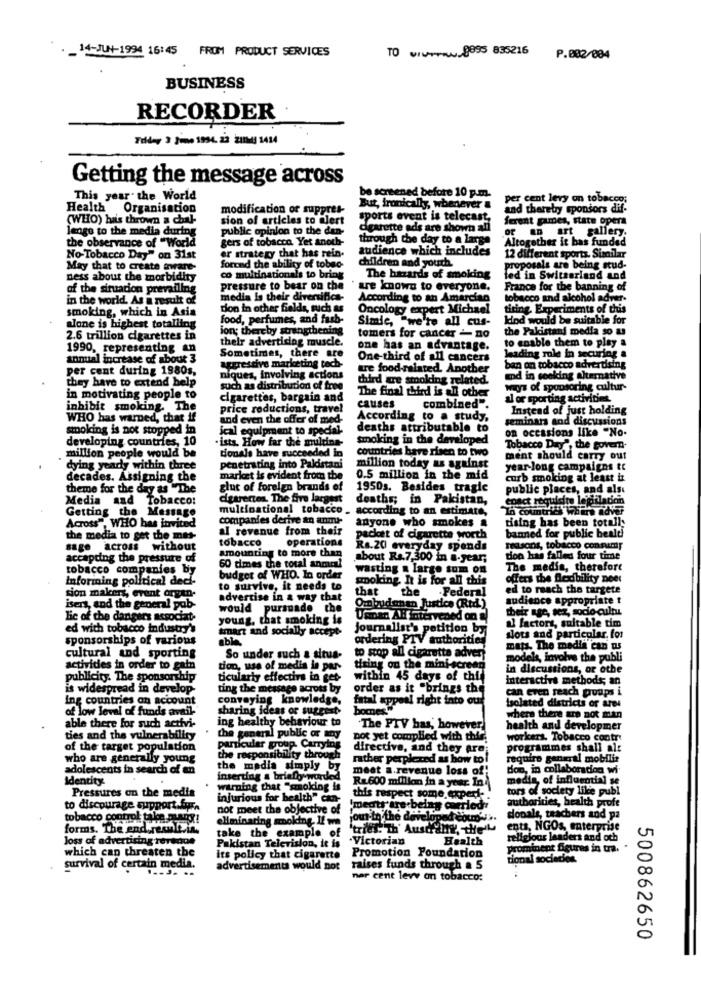
14-JUN-1994 16:45 FROM PRODUCT SERVICES
TO www .... 8895 835216
P.002/084
BUSINESS
RECORDER
Friday 3 june 1994. 22 200g 3414
Getting the message across
This year. the World
be screened before 10 p.m.
per cent levy on tobacco;
Health Organisation
modification of suppres-
But, ironically, whenever &
and thereby sponsors dif-
(WHO) has thrown a chal-
sion of articles to alert
sports event is telecast,
ferent games, state opera
public opinion to the dan-
cigarette ads are shown all
of an art gallery.
lengo to the media during
gers of tobacco Yet anoth-
through the day to a large
Altogether it bas funded
the observance of "World
er strategy that has rein.
audience which includes
No-Tobacco Day" on 31st
12 different sports. Similar
May that to create avere-
forend the ability of tobac-
children and youth.
proposals are being stud-
ness about the morbidity
co multinationals to bring
The hazards of smoking
led in Switzerland and
of the situation prevailing
pressure to bear on che
ue known to everyone.
France for the banning of
in the world. As a result of
media is their diversifica-
According to an Amarcian
tobacco and alcohol adver-
smoking, which in Asia
tion in other fields, such as
Oncology expert Michael
tiring. Experiments of this
food, perfumes, and fach-
"we're all cus-
kind would be suitable for
alone is highest totalling
ion; thereby strengthening
the Pakistani media so as
2.6 trillion cigarettes in
their advertising muscle.
tomers for cancer - no
1990, representing an
one has an advantage.
to enable them to play a
annual increase of about 3
Sometimes, there are
One-third of all cancers
leading role in securing a
per cent during 1980s,
aggressive marketing tech-
tre food-related. Another
ban on tobacco advertising
they have to extend help
niques, involving actions
third gre smoking related.
and in cooking alternative
such as distribution of free
The final third is an other
ways of sponsoring cultur-
in motivating people to
cigarettes, bargain and
al or sporting activities.
inhibit smoking. The
price reductions, travel
causes
combined".
Instead of just holding
WHO has warned, that if
and even the offer of med-
According to a study,
seminars and discussions
smoking is not stopped in
jcal equipment to special-
deaths attributable to
on occasions like "No.
developing countries, 10
.ists. How far the multine-
smoking in the developed
million people would be
tionals have succeeded in
countries bare risen to two
Tobacco Day", the govern-
ment should carry out
dying yearly within three
penetrating into Paldistani
million today as against
year-long campaigns tt
decades. Assigning the
market is evident from the
0.5 million in the mid
curb smoking at least i
theme for the day as "The
glut of foreign brands of
1950s. Besides tragic
public places, and als
Media and Tobacco:
cigarettes. The five largest
deaths; in Pakistan,
enact requiere legislation
Getting the Message
multinational tobacco _ according to an estimate,
La countries Where adver
companies derive &n anmr-
tising has been totally
Across", WHO bas invited
al revenue from their
anyone who smokes a
the media to get the mes-
tobacco
operations
packet of cigarette worth
banned for public bealt
sage across without
Rs.20 everyday spends
reasons, tobacco consumir
accepting the pressure of
amounting to more than
60 dimes the total anmen!
about Rs.7,300 in a-year;
dion has falles four time
tobacco companies by
wasting a large som on
The media, therefore
informing political decl-
budget of WHO. In order
smoking. It is for all this
offers the Blodbility need
to survive, it needs to
ed to reach the targete
sion makers, event oryen-
advertise in a way that
that the .Federal
audience appropriate t
isers, and the general pab
would pursuade the
Ombudanan Justice (Red.)
their age, sez, socio-cultu
lic of the dangers associate
young, that smoking is
Usman Al intervened on
a factors, suitable tim
ed with tobacco industry's
smart and socially accept-
Journalist's petition by
sponsorships of various
able
ordering PTV authorities
slots and particular. for
mats. The media can us
cultural and sporting
So under such a situa-
to stop all cigarette advert
models, involve the publi
activities in order to gain
dion, use of media in par-
tiring on the mini-screen
in discussions, or othe
publicity. The sponsorship
ticularly effective in get-
within 45 days of thi
Interactive methods; an
is widespread in develop
ting the message across by
order as it "brings the
can even reach proaps i
ing countries on account
conveying knowledge,
fatal appeal right into ou
of low level of funds avail-
sharing ideas or suggest
bomest
Isolated districts or ares
ing healthy behaviour to
where there are not man
able there for such activi-
"The PTV has, however
health and developmer
ties and the vulnerability
the general public or any
not yet complied with this.
workers. Tobacco contr
of the target population
particular group. Currylos
directive, and they are;
programmes shall alt
who are generally young
the responsibility through
rather perplexed as how to i
require general mobilis
adolescents in search of en
the media simply by
meet a.revenue loss of"
dos, in collaboration wi-
Identity:
inserting & briefo wurded
R&600 million in a year. In
media, of influential se
warning that "smoking is
tors of society like publ
Pressures on the media
injurious for health" can-
this respect some experi-
authorities, health profe
to discourage support.fyr.
not meet the objective of
medts are being carried
tobacco control talen many !
eliminating smoking. If we
jour-to the developed coud'>
donals, teachers and pa
forms. The end result.in.
'trief. Th' Australtk, the'
ents, NGOs, enterprise
loss of advertising reredos
take the example of
.Victorian
Health
religious leaders and och
which can threaten the
Pakistan Television, it is
prominent figures in tra. .
its policy that cigarette
Promotion Foundation
tional societies.
survival of certain media.
advertisements would not
raises funds through a 5
ner cent levy on tobacco:
500862650